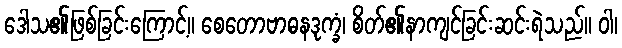
ဒေါသ၏ဖြစ်ခြင်းကြောင့်။ စေတောဗာဓနဒုက္ခံ၊ စိတ်၏နာကျင်ခြင်းဆင်းရဲသည်။ ဝါ၊